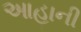
આહાની